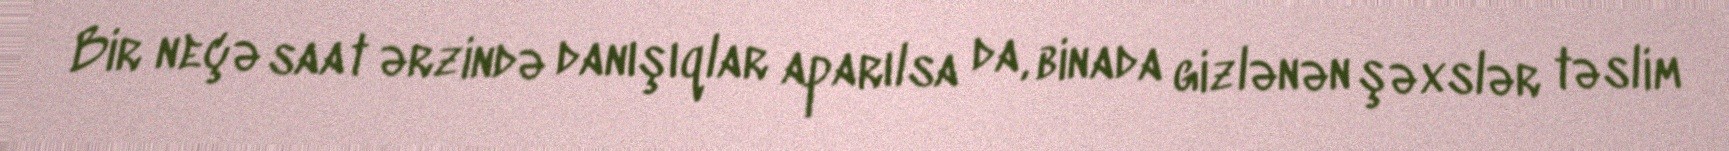
Bir neçə saat ərzində danışıqlar aparılsa da, binada gizlənən şəxslər təslim